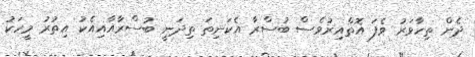
ދެން ތިހާވަރު ވެފަ އޮތްއިރުވެސް ބުސްރާ އެކަނިތަ ތިދަނީ ބުސްރާއާއިއެކު އިތުރު މީހަކު